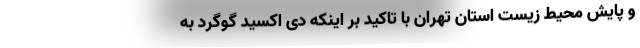
و پایش محیط زیست استان تهران با تاکید بر اینکه دی اکسید گوگرد به